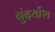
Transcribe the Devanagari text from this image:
नुंदर्योश